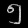
Digit: ၅